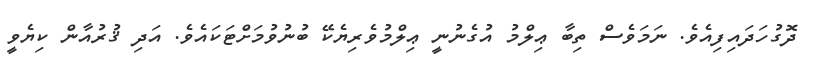
ދޮގުހަދައިފިއެވެ. ނަމަވެސް ތިބާ ޢިލްމު އުގެނުނީ ޢިލްމުވެރިޔެކޭ ބުނުވުމަށްޓަކައެވެ. އަދި ޤުރުއާން ކިޔެވީ